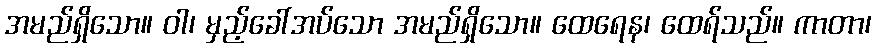
အမည်ရှိသော။ ဝါ၊ မှည့်ခေါ်အပ်သော အမည်ရှိသော။ ထေရေန၊ ထေရ်သည်။ ကာတာ၊